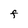
Character: F